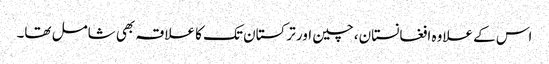
اس کے علاوہ افغانستان، چین اور ترکستان تک کا علاقہ بھی شامل تھا۔